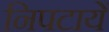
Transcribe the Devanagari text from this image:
निपटायें